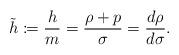
LaTeX: \begin{align*} \tilde{h}\coloneqq\frac{h}{m}=\frac{\rho+p}{\sigma}=\frac{d\rho}{d\sigma}.\end{align*}